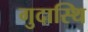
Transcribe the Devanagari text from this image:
गुदास्थि